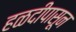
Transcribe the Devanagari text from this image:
हळदीपासून